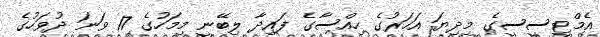
އެމްޓީސީސީގެ މިދިޔަ އަހަރުގެ ހިއްސާގެ ފައިދާ ލިބޭނީ މިމަހުގެ 17 ވަނަ ދުވަހުގެ